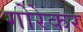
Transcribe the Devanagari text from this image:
गोरेकर